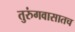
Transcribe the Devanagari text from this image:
तुरुंगवासातच